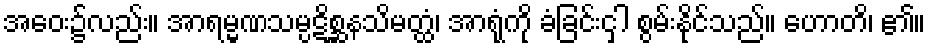
အဝေး၌လည်း။ အာရမ္မဏသမ္ပဋိစ္ဆနသိမတ္ထံ၊ အာရုံကို ခံခြင်းငှါ စွမ်းနိုင်သည်။ ဟောတိ၊ ၏။